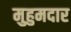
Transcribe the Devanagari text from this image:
मुहुमदार